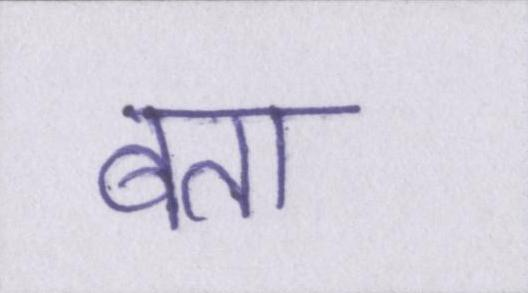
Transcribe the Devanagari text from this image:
बता